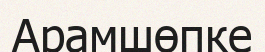
Арамшөпке